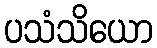
ပသံသိယော